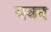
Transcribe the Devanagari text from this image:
ववन